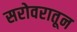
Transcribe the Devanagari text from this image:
सरोवरातून